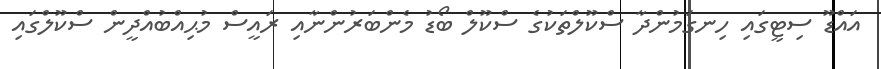
އައްޑޫ ސިޓީގައި ހިނގަމުންދާ ސްކޫލްތަކުގެ ސްކޫލް ބޯޑު މެންބަރުންނާއި ރައީސް މުޙިއްބުއްދީން ސްކޫލްގައި